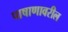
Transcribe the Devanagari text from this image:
पाषाणावरील